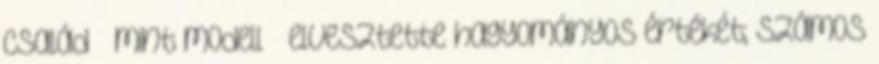
család – mint modell – elvesztette hagyományos értékét; számos